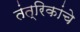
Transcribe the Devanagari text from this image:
तंत्रिकांचे